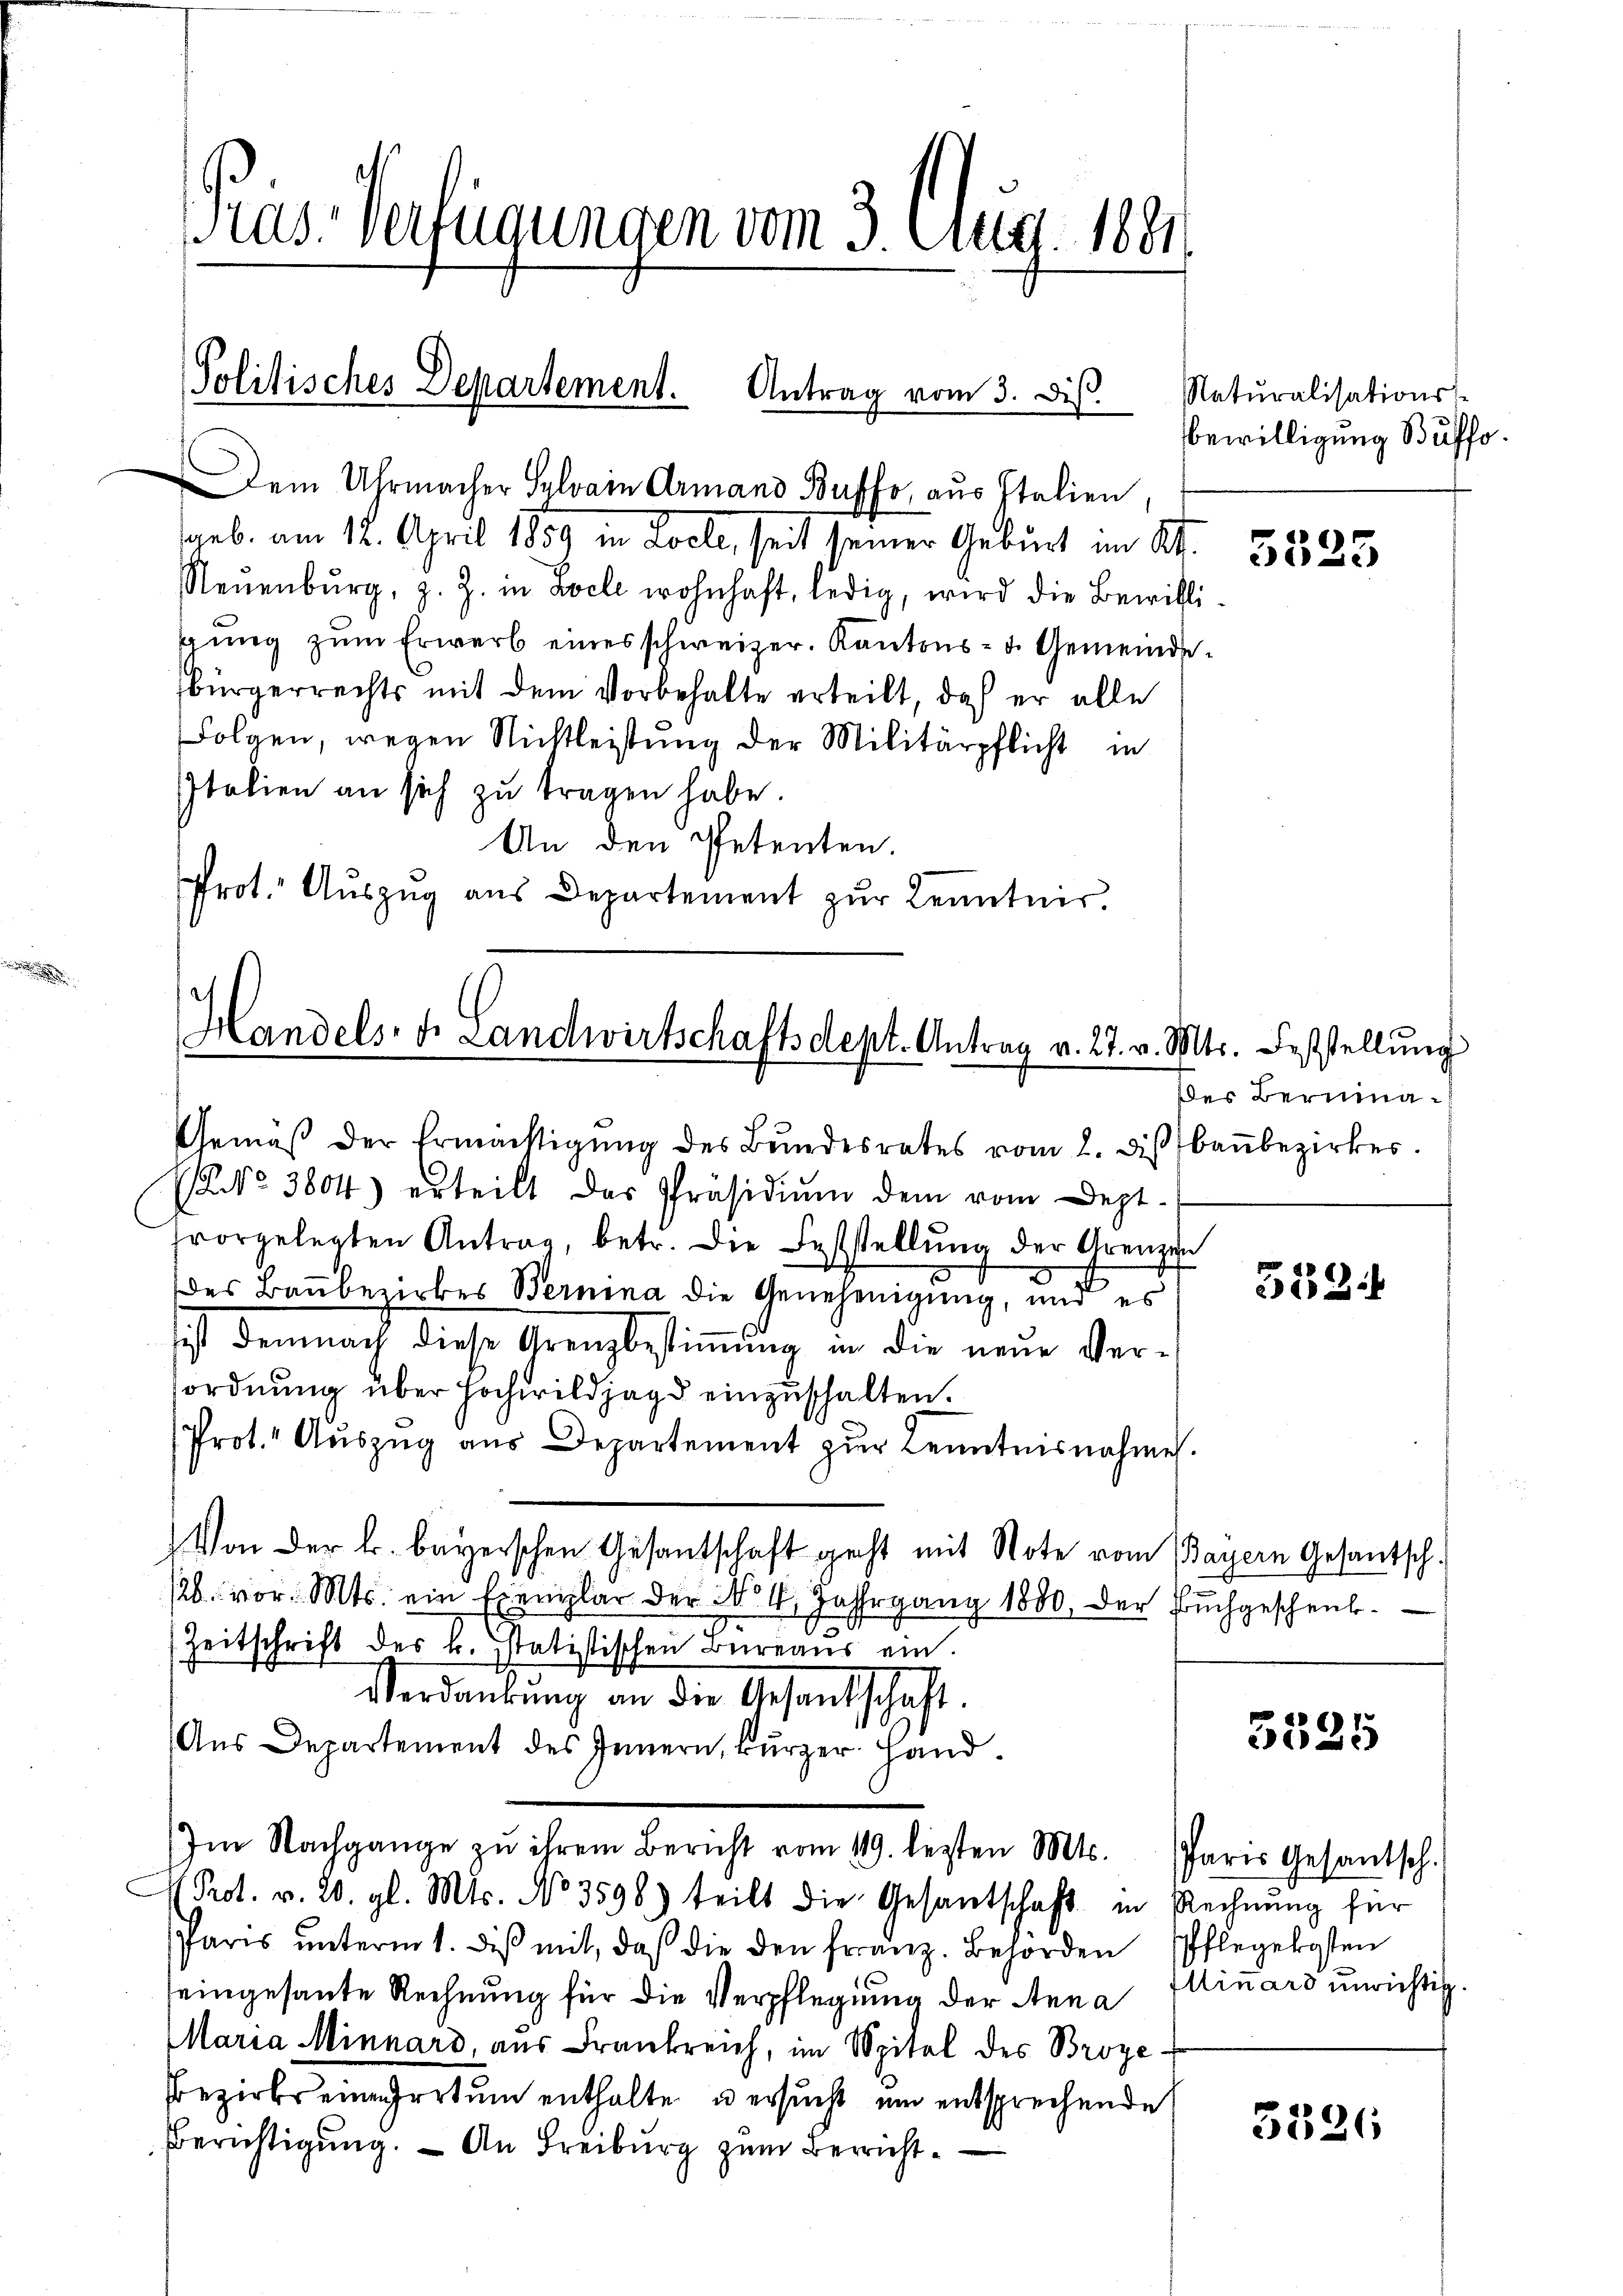
Kas-Verfügungen vom 3. Aug. 1881

Politisches Departement. Antrag vom 3. Dis.
s

arb. am 12. April 1859 in Loele, seit seiner Geburt im Kt.
Neuenburg, z. Z. in Loele wohnhaft, ledig, wird die Bewillisŭng zŭm Erwerb eines schweizer. Kantons- u. Gemeindebürgerrechts mit dem Vorbehalte erteilt, daß er alle
Folgen, wegen Nichtleistung der Militärpflicht in
Italien an sich zu tragen habe.
An den Petenten.
Prot. Auszug aus Departement zŭr Kenntnis.

Handels- u. Landwirtschaftsdept. Antrag v. 27. v. Mts. Feststellŭng

Dem Uhrmacher Selvain Armand Buffo, aus Italien

Gemäβ der Ermächtigŭng des Bundesrates vom 2. diβbaŭbezirkes.
NNo. 3804) erteilt das Präsidiŭm dem vom Dept.
vorgelegten Antrag, betr. die Feststellŭng der Grenzen
des Baubezirkes Bernina die Genehmigung, und es
sist demnach diese Grenzbestimmung in die neue Versordnung über Hochwildjagd einzuschalten.
Prot. Aŭszŭg ans Departement zŭr Kenntnisnahme.
Von der k. bayerschen Gesantschaft geht mit Note vom Bayern Gesantsch.
/26. vor. Mts. ein Exemplar der No 4 Jahrgang 1880, der Buchgeschenk¬
Zeitschrift des k. Statistischen Bureaus ein.
Verdankŭng an die Gesandschaft
Aus Departement des Innern, kurzer Hand
Im Nachgange zŭ ihrem Bericht vom 119. lezten Mts. Paris Gesantsch.
 Prot. v. 20. gl. Mts. No 3598) teilt die Gesantschaft in Rechnŭng für
Paris ŭnterm 1. diβ mit, daß die den Franz. Behörden Pflegekosten
eingesante Rechnung für die Verpflegung der Anna
Maria Minnard, aus Frankreich, im Spital des Broye
Bezirkseineratum enthalte, u ersucht um entsprechende
Berichtigung. — An Freiburg zum Bericht¬

Naturalisationss
Bewilligung Buffo

5525

des Beruina¬

5134

3525

Minars unrichtig.

3386